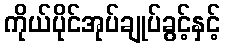
ကိုယ်ပိုင်အုပ်ချုပ်ခွင့်နှင့်